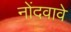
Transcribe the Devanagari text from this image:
नोंदवावे